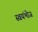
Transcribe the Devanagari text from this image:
स्वयंभोज